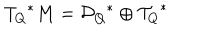
{ T _ { Q } } ^ { * } M = { { \cal D } _ { Q } } ^ { * } \oplus { { \cal T } _ { Q } } ^ { * }